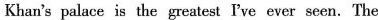
Khan's palace is the greatest I've ever seen.The